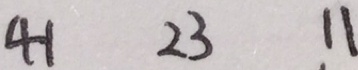
4 1 2 3 1 1